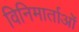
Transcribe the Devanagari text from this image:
विनिमार्ताओं